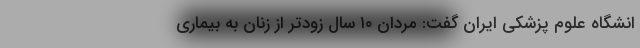
انشگاه علوم پزشکی ایران گفت: مردان ۱۰ سال زودتر از زنان به بیماری